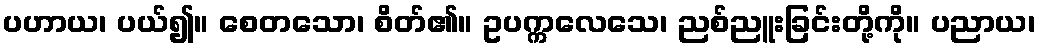
ပဟာယ၊ ပယ်၍။ စေတသော၊ စိတ်၏။ ဥပက္ကလေသေ၊ ညစ်ညူးခြင်းတို့ကို။ ပညာယ၊